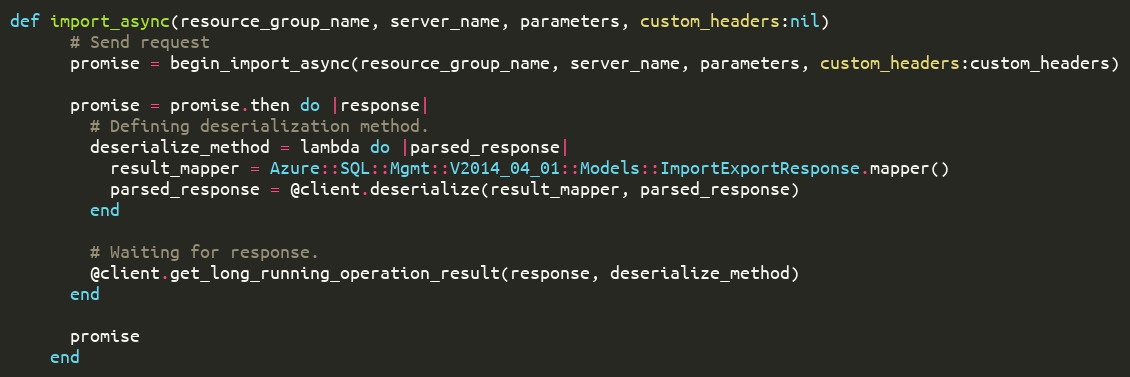
Language: Ruby
def import_async(resource_group_name, server_name, parameters, custom_headers:nil)
      # Send request
      promise = begin_import_async(resource_group_name, server_name, parameters, custom_headers:custom_headers)

      promise = promise.then do |response|
        # Defining deserialization method.
        deserialize_method = lambda do |parsed_response|
          result_mapper = Azure::SQL::Mgmt::V2014_04_01::Models::ImportExportResponse.mapper()
          parsed_response = @client.deserialize(result_mapper, parsed_response)
        end

        # Waiting for response.
        @client.get_long_running_operation_result(response, deserialize_method)
      end

      promise
    end